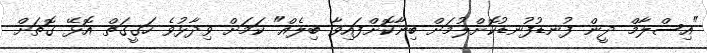
"އިސްލާމް ދީން ފުނޑުފުނޑުކޮށްލުމަށް ބިނާކޮށްފައިވާ ބިލެއް" ކަމަށް ވިދާޅުވެ ހަގީގަތް އޮޅޭ ގޮތަށް